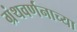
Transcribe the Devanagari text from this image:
ग्रंथवर्णनाच्या